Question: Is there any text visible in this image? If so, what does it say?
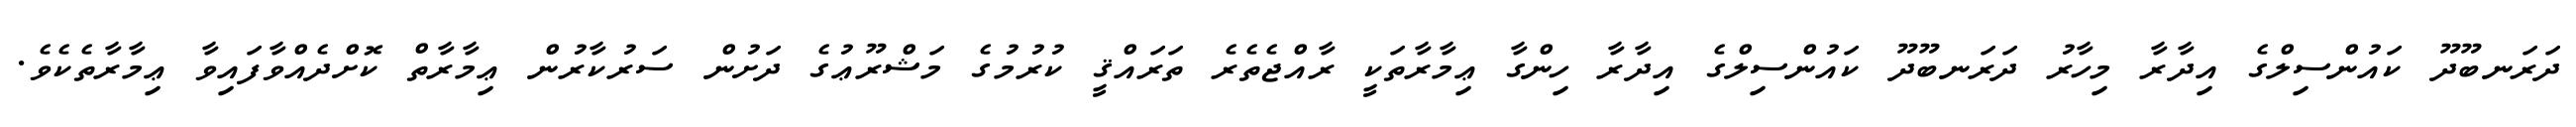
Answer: ދަރަނބޫދޫ ކައުންސިލްގެ އިދާރާ މިހާރު ދަރަނބޫދޫ ކައުންސިލްގެ އިދާރާ ހިންގާ ޢިމާރާތަކީ ރާއްޖެތެރެ ތަރައްޤީ ކުރުމުގެ މަޝްރޫޢުގެ ދަށުން ސަރުކާރުން ޢިމާރާތް ކޮށްދެއްވާފައިވާ ޢިމާރާތެކެވެ.